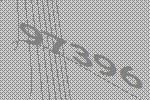
97396